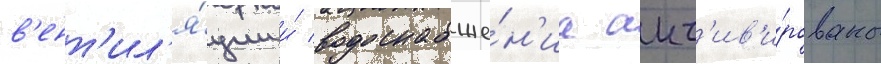
в'ент'ил'я́ции и́ водоснабже́н'иа акт'ив'и́рованы